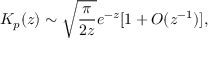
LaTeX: K _ { p } ( z ) \sim \sqrt { { \frac { \pi } { 2 z } } } e ^ { - z } [ 1 + O ( z ^ { - 1 } ) ] ,